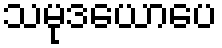
သမုဒယောပေ